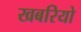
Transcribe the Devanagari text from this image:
खबरियो